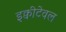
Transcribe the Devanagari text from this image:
इक्वीटेवल